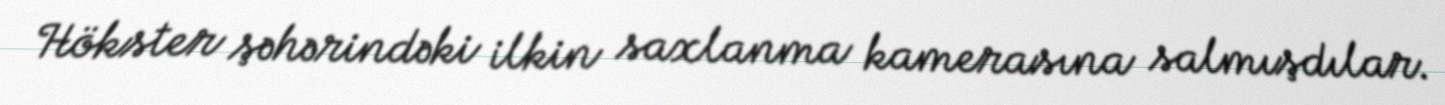
Hökster şəhərindəki ilkin saxlanma kamerasına salmışdılar.